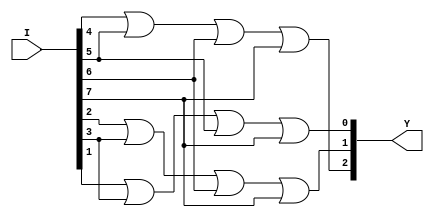
// This program was cloned from: https://github.com/matthewdelorenzo/CreativEval
// License: BSD 3-Clause "New" or "Revised" License

module top (I, Y);
input [7:0] I;//defines inputs
output [2:0]Y;//defines outputs
assign Y[2]=I[4] | I[5] | I[6] | I[7];
assign Y[1]=I[2] | I[3] | I[6] | I[7];
assign Y[0]=I[1] | I[3] | I[5] | I[7];
//determines assignments for Y according to karno table
endmodule